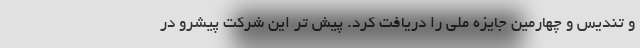
و تندیس و چهارمین جایزه ملی را دریافت کرد. پیش تر این شرکت پیشرو در